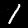
Digit: 1